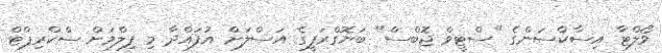
ވޯލްޓާ އިސާކްސަންގެ "ސްޓީވް ޖޮބްސް" ބަޔޮގްރަފީގެ އަސްލަށް އުފައްދާ މި ފިލްމަށް ސްކްރިޕްޓް